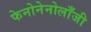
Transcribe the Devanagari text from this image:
फेनोनेनोलाँजी